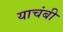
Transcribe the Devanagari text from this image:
याचंबी